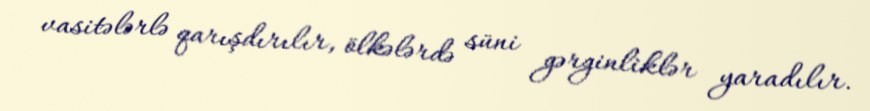
vasitələrlə qarışdırılır, ölkələrdə süni gərginliklər yaradılır.